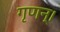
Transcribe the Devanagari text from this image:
गृणन्।